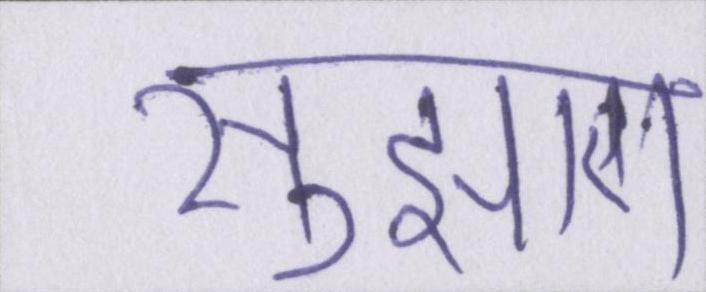
सुझाए